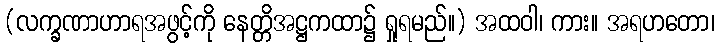
(လက္ခဏာဟာရအဖွင့်ကို နေတ္တိအဋ္ဌကထာ၌ ရှုရမည်။) အထဝါ၊ ကား။ အရဟတော၊